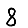
Digit: 8